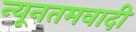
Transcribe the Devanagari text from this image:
न्यूनतमवादी